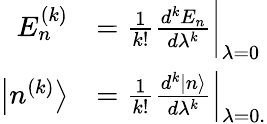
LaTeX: {\begin{array}{rl}{E_{n}^{(k)}}&{={\frac{1}{k!}}{\frac{d^{k}E_{n}}{d\lambda^{k}}}{\bigg|}_{\lambda=0}}\\ {\left|n^{(k)}\right\rangle}&{=\left.{\frac{1}{k!}}{\frac{d^{k}|n\rangle}{d\lambda^{k}}}\right|_{\lambda=0.}}\end{array}}